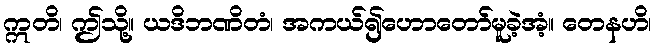
ဣတိ၊ ဤသို့။ ယဒိဘဏိတံ၊ အကယ်၍ဟောတော်မူခဲ့အံ့။ တေနဟိ၊